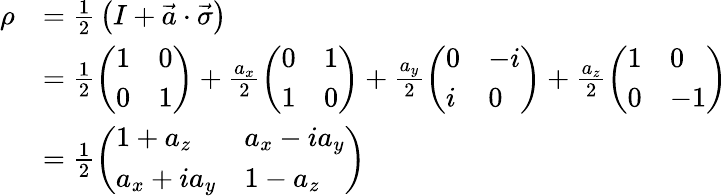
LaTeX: {\begin{array}{rl}{\rho}&{={\frac{1}{2}}\left(I+{\vec{a}}\cdot{\vec{\sigma}}\right)}\\ &{={\frac{1}{2}}{\left(\begin{array}{ll}{1}&{0}\\ {0}&{1}\end{array}\right)}+{\frac{a_{x}}{2}}{\left(\begin{array}{ll}{0}&{1}\\ {1}&{0}\end{array}\right)}+{\frac{a_{y}}{2}}{\left(\begin{array}{ll}{0}&{-i}\\ {i}&{0}\end{array}\right)}+{\frac{a_{z}}{2}}{\left(\begin{array}{ll}{1}&{0}\\ {0}&{-1}\end{array}\right)}}\\ &{={\frac{1}{2}}{\left(\begin{array}{ll}{1+a_{z}}&{a_{x}-ia_{y}}\\ {a_{x}+ia_{y}}&{1-a_{z}}\end{array}\right)}}\end{array}}